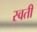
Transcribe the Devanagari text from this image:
स्वती